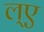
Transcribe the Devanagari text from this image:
ल्ए